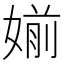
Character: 媊